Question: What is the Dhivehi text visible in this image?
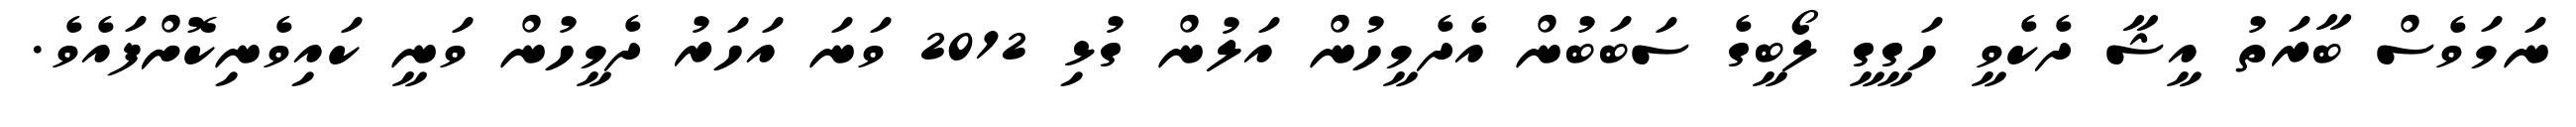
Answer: ނަމަވެސް ބާރަތު އީޝާ ދެކެވީ ހަގީގީ ލޯބީގެ ސަބަބުން އެދެމީހުން އަލުން ގުޅި 2012 ވަނަ އަހަރު ދެމީހުން ވަނީ ކައިވެނިކޮށްފައެވެ.